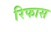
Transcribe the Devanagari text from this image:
रिफास